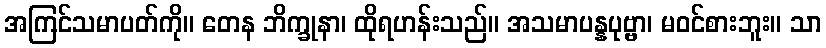
အကြင်သမာပတ်ကို။ တေန ဘိက္ခုနာ၊ ထိုရဟန်းသည်။ အသမာပန္နပုဗ္ဗာ၊ မဝင်စားဘူး။ သာ